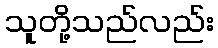
သူတို့သည်လည်း